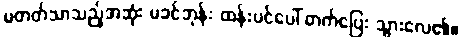
မတတ်သာသည့်အဆုံး မခင်ဘုန်း ထန်းပင်ပေါ် တက်ပြေး သွားလေ၏။